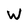
Character: W